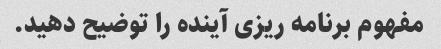
مفهوم برنامه ریزی آینده را توضیح دهید.